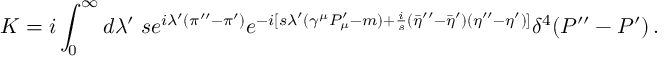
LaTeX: K = i \int _ { 0 } ^ { \infty } d \lambda ^ { \prime } \; s e ^ { i \lambda ^ { \prime } ( \pi ^ { \prime \prime } - \pi ^ { \prime } ) } e ^ { - i [ s \lambda ^ { \prime } ( \gamma ^ { \mu } P _ { \mu } ^ { \prime } - m ) + { \frac { i } { s } } ( { \bar { \eta } } ^ { \prime \prime } - { \bar { \eta } } ^ { \prime } ) ( \eta ^ { \prime \prime } - \eta ^ { \prime } ) ] } \delta ^ { 4 } ( P ^ { \prime \prime } - P ^ { \prime } ) \, .